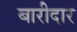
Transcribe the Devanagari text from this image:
बारीदार